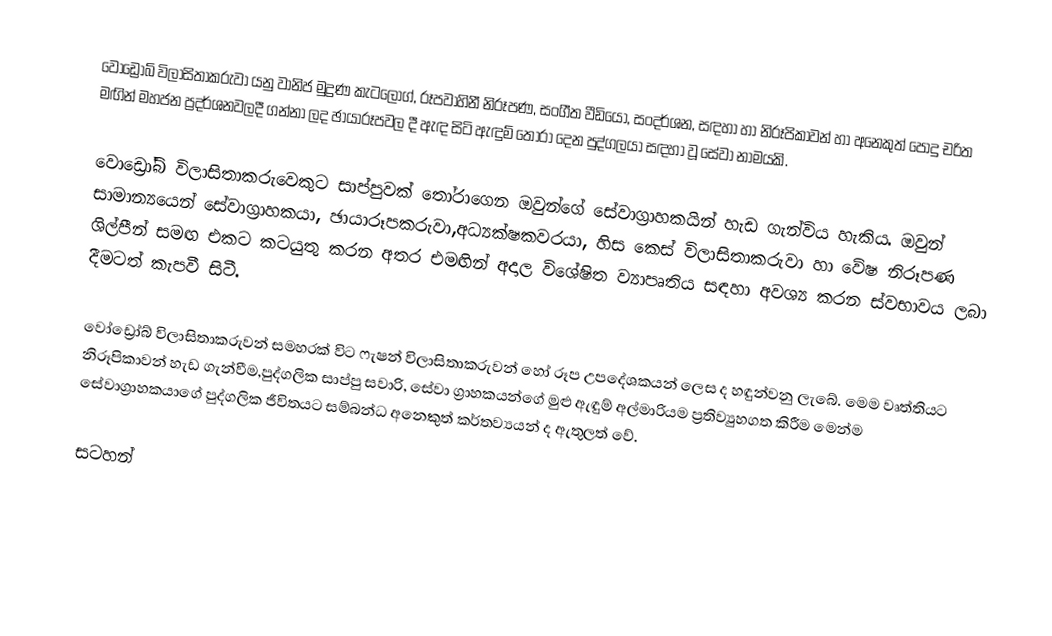
වෝඩ්‍රෝබ් විලාසිතාකරුවා යනු වානිජ මුද්‍රණ කැටලොග්, රූපවාහිනී නිරූපණ, සංගීත වීඩියෝ, සංදර්ශන, සඳහා හා නිරූපිකාවන් හා අනෙකුත් පොදු චරිත මඟින් මහජන ප්‍රදර්ශනවලදී ගන්නා ලද ඡායාරූපවල දී ඇඳ සිටි ඇඳුම් තෝරා දෙන පුද්ගලයා සඳහා වූ සේවා නාමයකි.

වොඩ්‍රෝබ් විලාසිතාකරුවෙකුට සාප්පුවක් තෝරාගෙන ඔවුන්ගේ සේවාග්‍රාහකයින් හැඩ ගැන්විය හැකිය. ඔවුන් සාමාන්‍යයෙන් සේවාග්‍රාහකයා, ඡායාරූපකරුවා,අධ්‍යක්ෂකවරයා, හිස කෙස් විලාසිතාකරුවා හා වේෂ නිරූපණ ශිල්පීන් සමඟ එකට කටයුතු කරන අතර එමඟින් අදාල විශේෂිත ව්‍යාපෘතිය සඳහා අවශ්‍ය කරන ස්වභාවය ලබා දීමටත් කැපවී සිටී.

වෝඩ්‍රෝබ් විලාසිතාකරුවන් සමහරක් විට ෆැෂන් විලාසිතාකරුවන් හෝ රූප උපදේශකයන් ලෙස ද හඳුන්වනු ලැබේ. මෙම වෘත්තියට නිරූපිකාවන් හැඩ ගැන්වීම,පුද්ගලික සාප්පු සවාරි, සේවා ග්‍රාහකයන්ගේ මුළු ඇඳුම් අල්මාරියම ප්‍රතිව්‍යුහගත කිරීම මෙන්ම සේවාග්‍රාහකයාගේ පුද්ගලික ජීවිතයට සම්බන්ධ අනෙකුත් කර්තව්‍යයන් ද ඇතුලත් වේ.

සටහන්